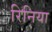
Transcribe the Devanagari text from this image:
रिनिया